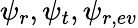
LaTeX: \psi_{r},\psi_{t},\psi_{r,ev}